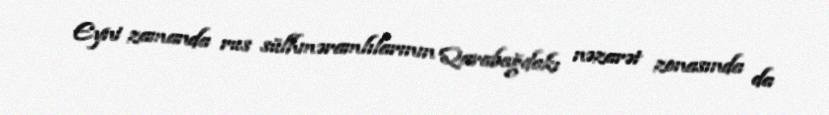
Eyni zamanda rus sülhməramlılarının Qarabağdakı nəzarət zonasında da